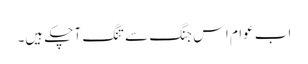
اب عوام اس جنگ سے تنگ آ چکے ہیں۔